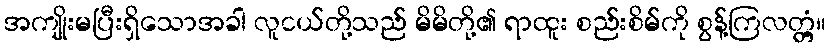
အကျိုးမပြီးရှိသောအခါ လူငယ်တို့သည် မိမိတို့၏ ရာထူး စည်းစိမ်ကို စွန့်ကြလတ္တံ့။